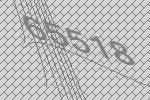
65518